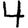
Digit: 4